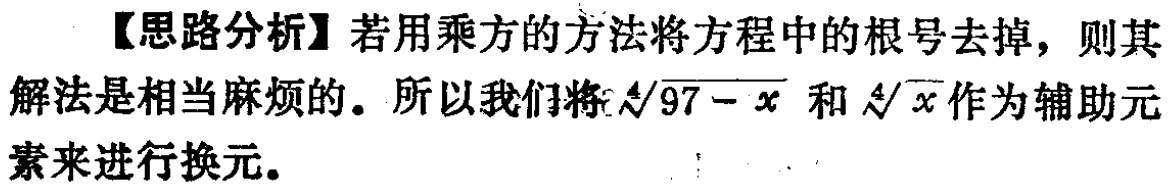
【思路分析】若用乘方的方法将方程中的根号去掉，则其解法是相当麻烦的。所以我们将\(\sqrt[4]{97 - x}\)和\(\sqrt[4]{x}\)作为辅助元素来进行换元。